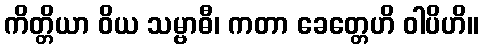
ကိတ္တိယာ ဝိယ သမ္ဗာဓီ၊ ကတာ ခေတ္တေဟိ ဝါပိဟိ။